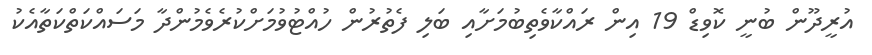
އުރީދޫން ބުނީ ކޮވިޑް 19 އިން ރައްކާވެތިބުމަށާއި ބަލި ފެތުރުން ހުއްޓުވުމަށްކުރެވެމުންދާ މަސައްކަތްކަތާއެކު